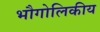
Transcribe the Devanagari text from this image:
भौगोलिकीय